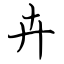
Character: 卉